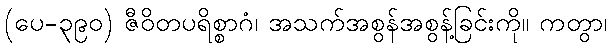
(ပေ-၃၉၀) ဇီဝိတပရိစ္စာဂံ၊ အသက်အစွန်အစွန့်ခြင်းကို။ ကတွာ၊